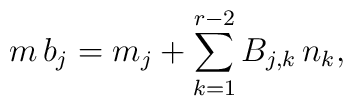
m \, b_j = m_j + \sum_{k=1}^{r-2} B_{j,k} \, n_k,